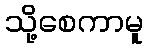
သို့စေကာမူ